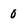
Character: 0